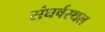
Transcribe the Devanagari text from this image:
संघर्षस्थल